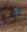
هي